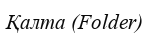
Қалта (Folder)